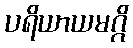
ပရိယာယမဂ္ဂိ